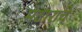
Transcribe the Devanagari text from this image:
मटाराचे